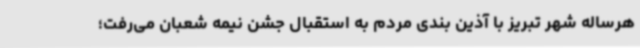
هرساله شهر تبریز با آذین بندی مردم به استقبال جشن نیمه شعبان می‌رفت؛